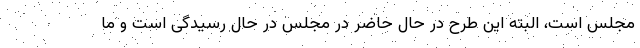
مجلس است، البته این طرح در حال حاضر در مجلس در حال رسیدگی است و ما